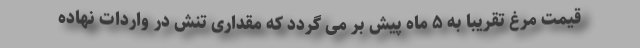
قیمت مرغ تقریبا به ۵ ماه پیش بر می گردد که مقداری تنش در واردات نهاده